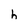
Character: h